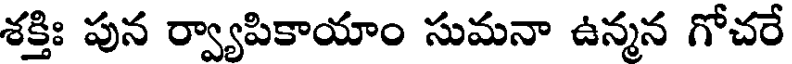
శక్తిః పున ర్వ్యాపికాయాం సుమనా ఉన్మన గోచరే